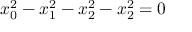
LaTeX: x _ { 0 } ^ { 2 } - x _ { 1 } ^ { 2 } - x _ { 2 } ^ { 2 } - x _ { 2 } ^ { 2 } = 0